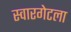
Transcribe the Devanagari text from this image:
स्वारगेटला